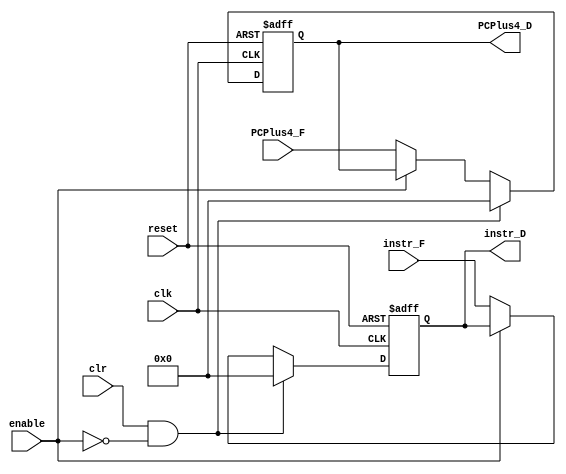
/*
* Module: Decode stage pipeline register
* Description: Register to sparate between fetch & decode stages. 
*/

module decode_reg_pipe(
    /************************ Input Ports ************************/
    input wire clr,clk,enable,reset,
    input wire [31:0] PCPlus4_F, instr_F,
    /************************ Output Ports ************************/
    output reg [31:0] PCPlus4_D, instr_D
);

/************************ Code Start ************************/
always @ (posedge clk or negedge reset)begin
    if(!reset) begin
        PCPlus4_D <= 32'd0;
        instr_D <= 32'd0;
    end
    else if((clr==1'b1) && !enable)begin
        PCPlus4_D <= 32'd0;
        instr_D <= 32'd0;
    end
    else if(!enable) begin
            PCPlus4_D <= PCPlus4_F;
            instr_D <= instr_F;
    end
end



endmodule